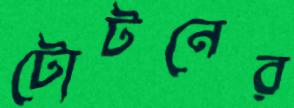
টোটনের